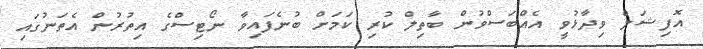
އޮފިޝަލް ވިދާޅުވީ އެއްބަސްވުން ބާތިލް ކުރި ކަމަށް ބުނެފައިވާ ނޯޓިސްގެ އިތުރުން އެތަނުގައި